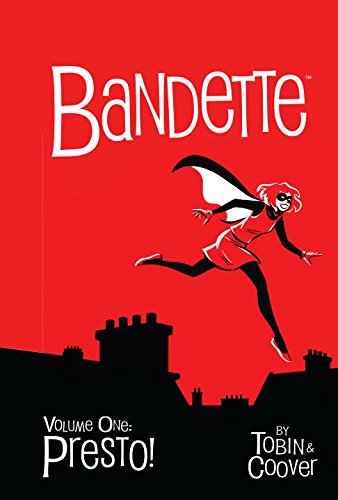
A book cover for Bandette Volume 1: Presto!; Paul Tobin; Humor & Entertainment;